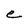
Character: e